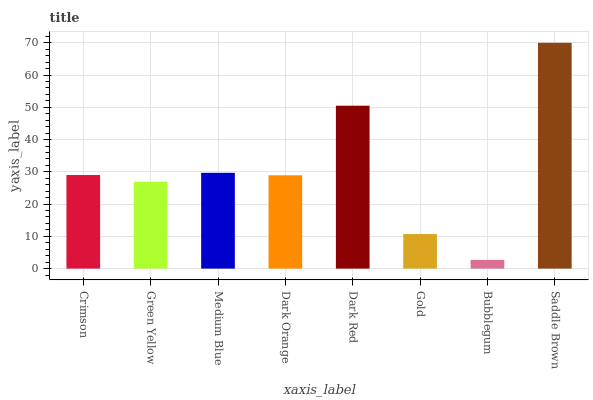
| xaxis_label | bars |
 | --- | --- |
 | Crimson | 29 |
 | Green Yellow | 26.9 |
 | Medium Blue | 29.7 |
 | Dark Orange | 28.9 |
 | Dark Red | 50.5 |
 | Gold | 10.7 |
 | Bubblegum | 2.7 |
 | Saddle Brown | 70 |